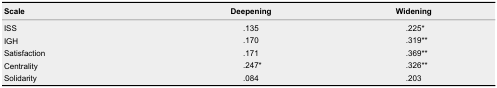
<table><thead><tr><td><b>Scale</b></td><td><b>Deepening</b></td><td><b>Widening</b></td></tr></thead><tbody><tr><td>ISS</td><td>.135</td><td>.225*</td></tr><tr><td>IGH</td><td>.170</td><td>.319**</td></tr><tr><td>Satisfaction</td><td>.171</td><td>.369**</td></tr><tr><td>Centrality</td><td>.247*</td><td>.326**</td></tr><tr><td>Solidarity</td><td>.084</td><td>.203</td></tr></tbody></table>